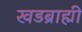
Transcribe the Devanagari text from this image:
खडब्राह्मी